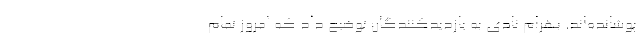
پوشانده‌اند. بهرام نادی به بازدیدکنندگان توضیح داد که امروز تمام